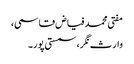
مفتی محمد فیاض قاسمی،
وارث نگر، سمستی پور۔